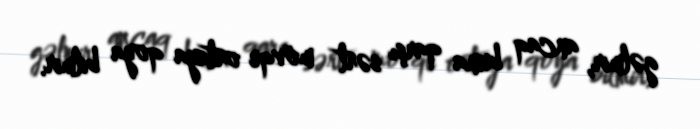
gəlmir, ancaq buna qarşı sərt mövqe ortaya qoya bilmir.